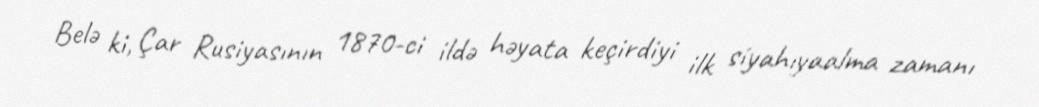
Belə ki, Çar Rusiyasının 1870-ci ildə həyata keçirdiyi ilk siyahıyaalma zamanı